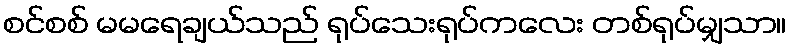
စင်စစ် မမရေချယ်သည် ရုပ်သေးရုပ်ကလေး တစ်ရုပ်မျှသာ။